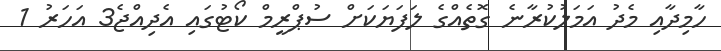
ހާމިދާއި މެދު އަމަލުކުރާނެ ގޮތެއްގެ ލަފަޔަކަށް ސުޕްރީމް ކޯޓުގައި އެދިއްޖެ3 އަހަރު 1